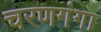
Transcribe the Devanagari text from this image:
चरणगंगा